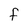
Character: F